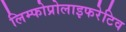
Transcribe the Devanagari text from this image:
लिम्फोप्रोलाइफरेटिव